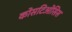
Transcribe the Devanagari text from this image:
कोसटिओसिस